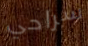
سراحي